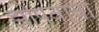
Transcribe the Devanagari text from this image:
झोपवावा